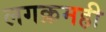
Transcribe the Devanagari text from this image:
लगक्रमही